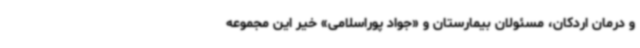
و درمان اردکان، مسئولان بیمارستان و «جواد پوراسلامی» خیر این مجموعه